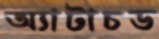
অ্যাটাচড